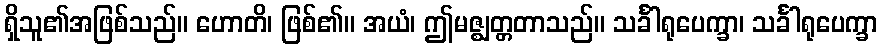
ရှိသူ၏အဖြစ်သည်။ ဟောတိ၊ ဖြစ်၏။ အယံ၊ ဤမဇ္ဈတ္တတာသည်။ သင်္ခါရုပေက္ခာ၊ သင်္ခါရုပေက္ခာ